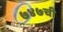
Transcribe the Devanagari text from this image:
७४७ची